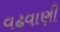
વઢવાણી